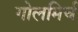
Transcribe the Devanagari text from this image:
गोलमिर्च